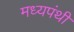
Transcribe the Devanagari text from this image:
मध्यपंथी